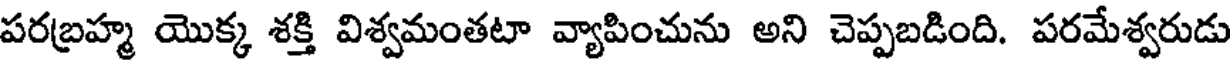
పరబ్రహ్మ యొక్క శక్తి విశ్వమంతటా వ్యాపించును అని చెప్పబడింది. పరమేశ్వరుడు